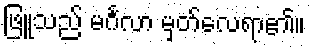
ဖြူသည် မင်္ဂလာ မှတ်လေရာ၏။